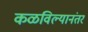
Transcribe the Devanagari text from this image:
कळविल्यानंतर